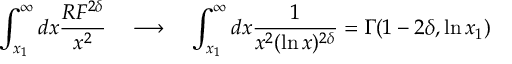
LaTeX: \int _ { x _ { 1 } } ^ { \infty } d x \frac { R F ^ { 2 \delta } } { x ^ { 2 } } \quad \longrightarrow \quad \int _ { x _ { 1 } } ^ { \infty } d x \frac { 1 } { x ^ { 2 } ( \ln x ) ^ { 2 \delta } } = \Gamma ( 1 - 2 \delta , \ln x _ { 1 } )